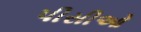
પીસીઓ